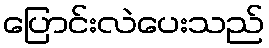
ပြောင်းလဲပေးသည်